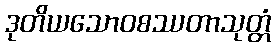
ဒုတိယသောဝစဿတာသုတ္တံ